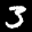
Label: 3